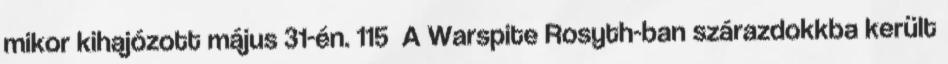
mikor kihajózott május 31-én. 115 A Warspite Rosyth-ban szárazdokkba került